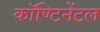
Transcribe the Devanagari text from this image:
कॉण्टिनेंटल